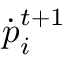
\boldsymbol { { \dot { p } } } _ { i } ^ { t + 1 }